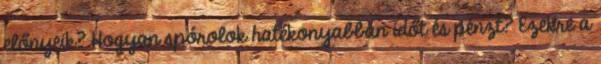
előnyeik? Hogyan spórolok hatékonyabban időt és pénzt? Ezekre a